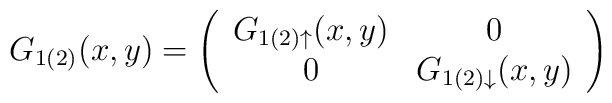
G_{1(2)}(x,y) = \left( \begin{array}{cc}                        G_{1(2)\uparrow}(x,y) & 0\nonumber\\                                            0 & G_{1(2)\downarrow}(x,y)                         \end{array} \right)